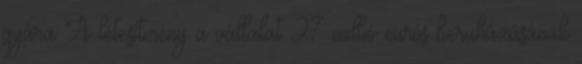
gyára A létesítmény a vállalat 27 millió eurós beruházásának